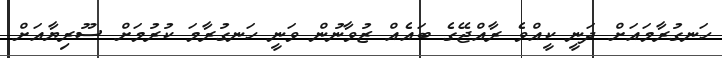
ހަނގުރާމައަށް ދަނީ ކީއްވެ ރާއްޖޭގެ ބައެއް ޒުވާނުން ވަނީ ހަނގުރާމަ ކުރުމަށް ސޫރިޔާއަށް